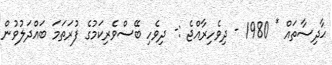
ޙާދިސާތައް * 1980 - ދިވެހިރާއްޖެ :- ދިވެހި ބޭސްވެރިކަމުގެ ފުރަތަމަ ބައްދަލުވުން